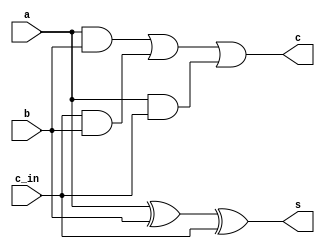
`timescale 1ns / 1ps

module Full(a,b,c_in,s,c);
input a,b,c_in;
wire node1,node2,node3;
output s,c;

xor(s,a,b,c_in);
and(node1,a,b);
and(node2,c_in,b);
and(node3,a,c_in);

or(c,node1,node2,node3);

endmodule